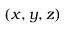
( x , y , z )